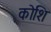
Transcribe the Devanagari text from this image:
कोशि